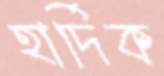
হার্দিক